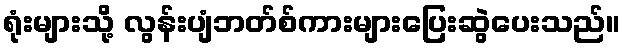
ရုံးများသို့ လွန်းပျံဘတ်စ်ကားများပြေးဆွဲပေးသည်။